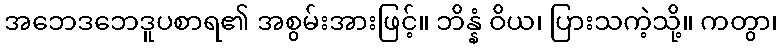
အဘေဒဘေဒူပစာရ၏ အစွမ်းအားဖြင့်။ ဘိန္နံ ဝိယ၊ ပြားသကဲ့သို့။ ကတွာ၊